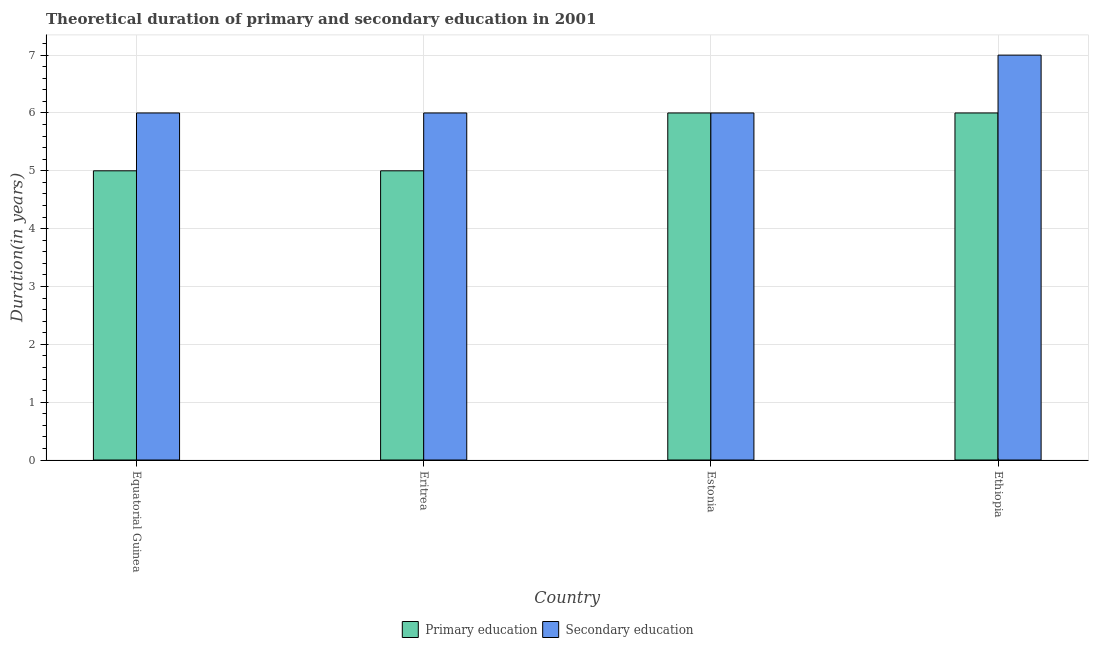
| Country | Primary education | Secondary education |
 | --- | --- | --- |
 | Equatorial Guinea | 5 | 6 |
 | Eritrea | 5 | 6 |
 | Estonia | 6 | 6 |
 | Ethiopia | 6 | 7 |